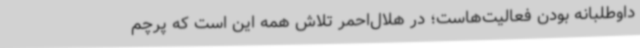
داوطلبانه بودن فعالیت‌هاست؛ در هلال‌احمر تلاش همه این است که پرچم